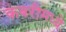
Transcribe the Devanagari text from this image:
कबरीमध्ये